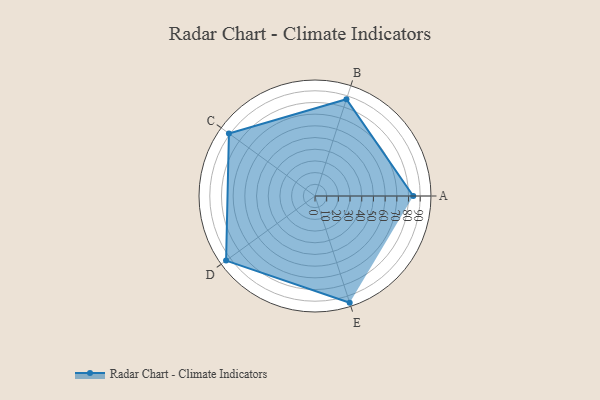
{"axis": {"x": "Skill", "y": "Score"}, "legend": ["Profile"], "data": [{"x": "A", "y": 84.0, "type": "Profile"}, {"x": "B", "y": 87.0, "type": "Profile"}, {"x": "C", "y": 91.0, "type": "Profile"}, {"x": "D", "y": 94.0, "type": "Profile"}, {"x": "E", "y": 96.0, "type": "Profile"}]}